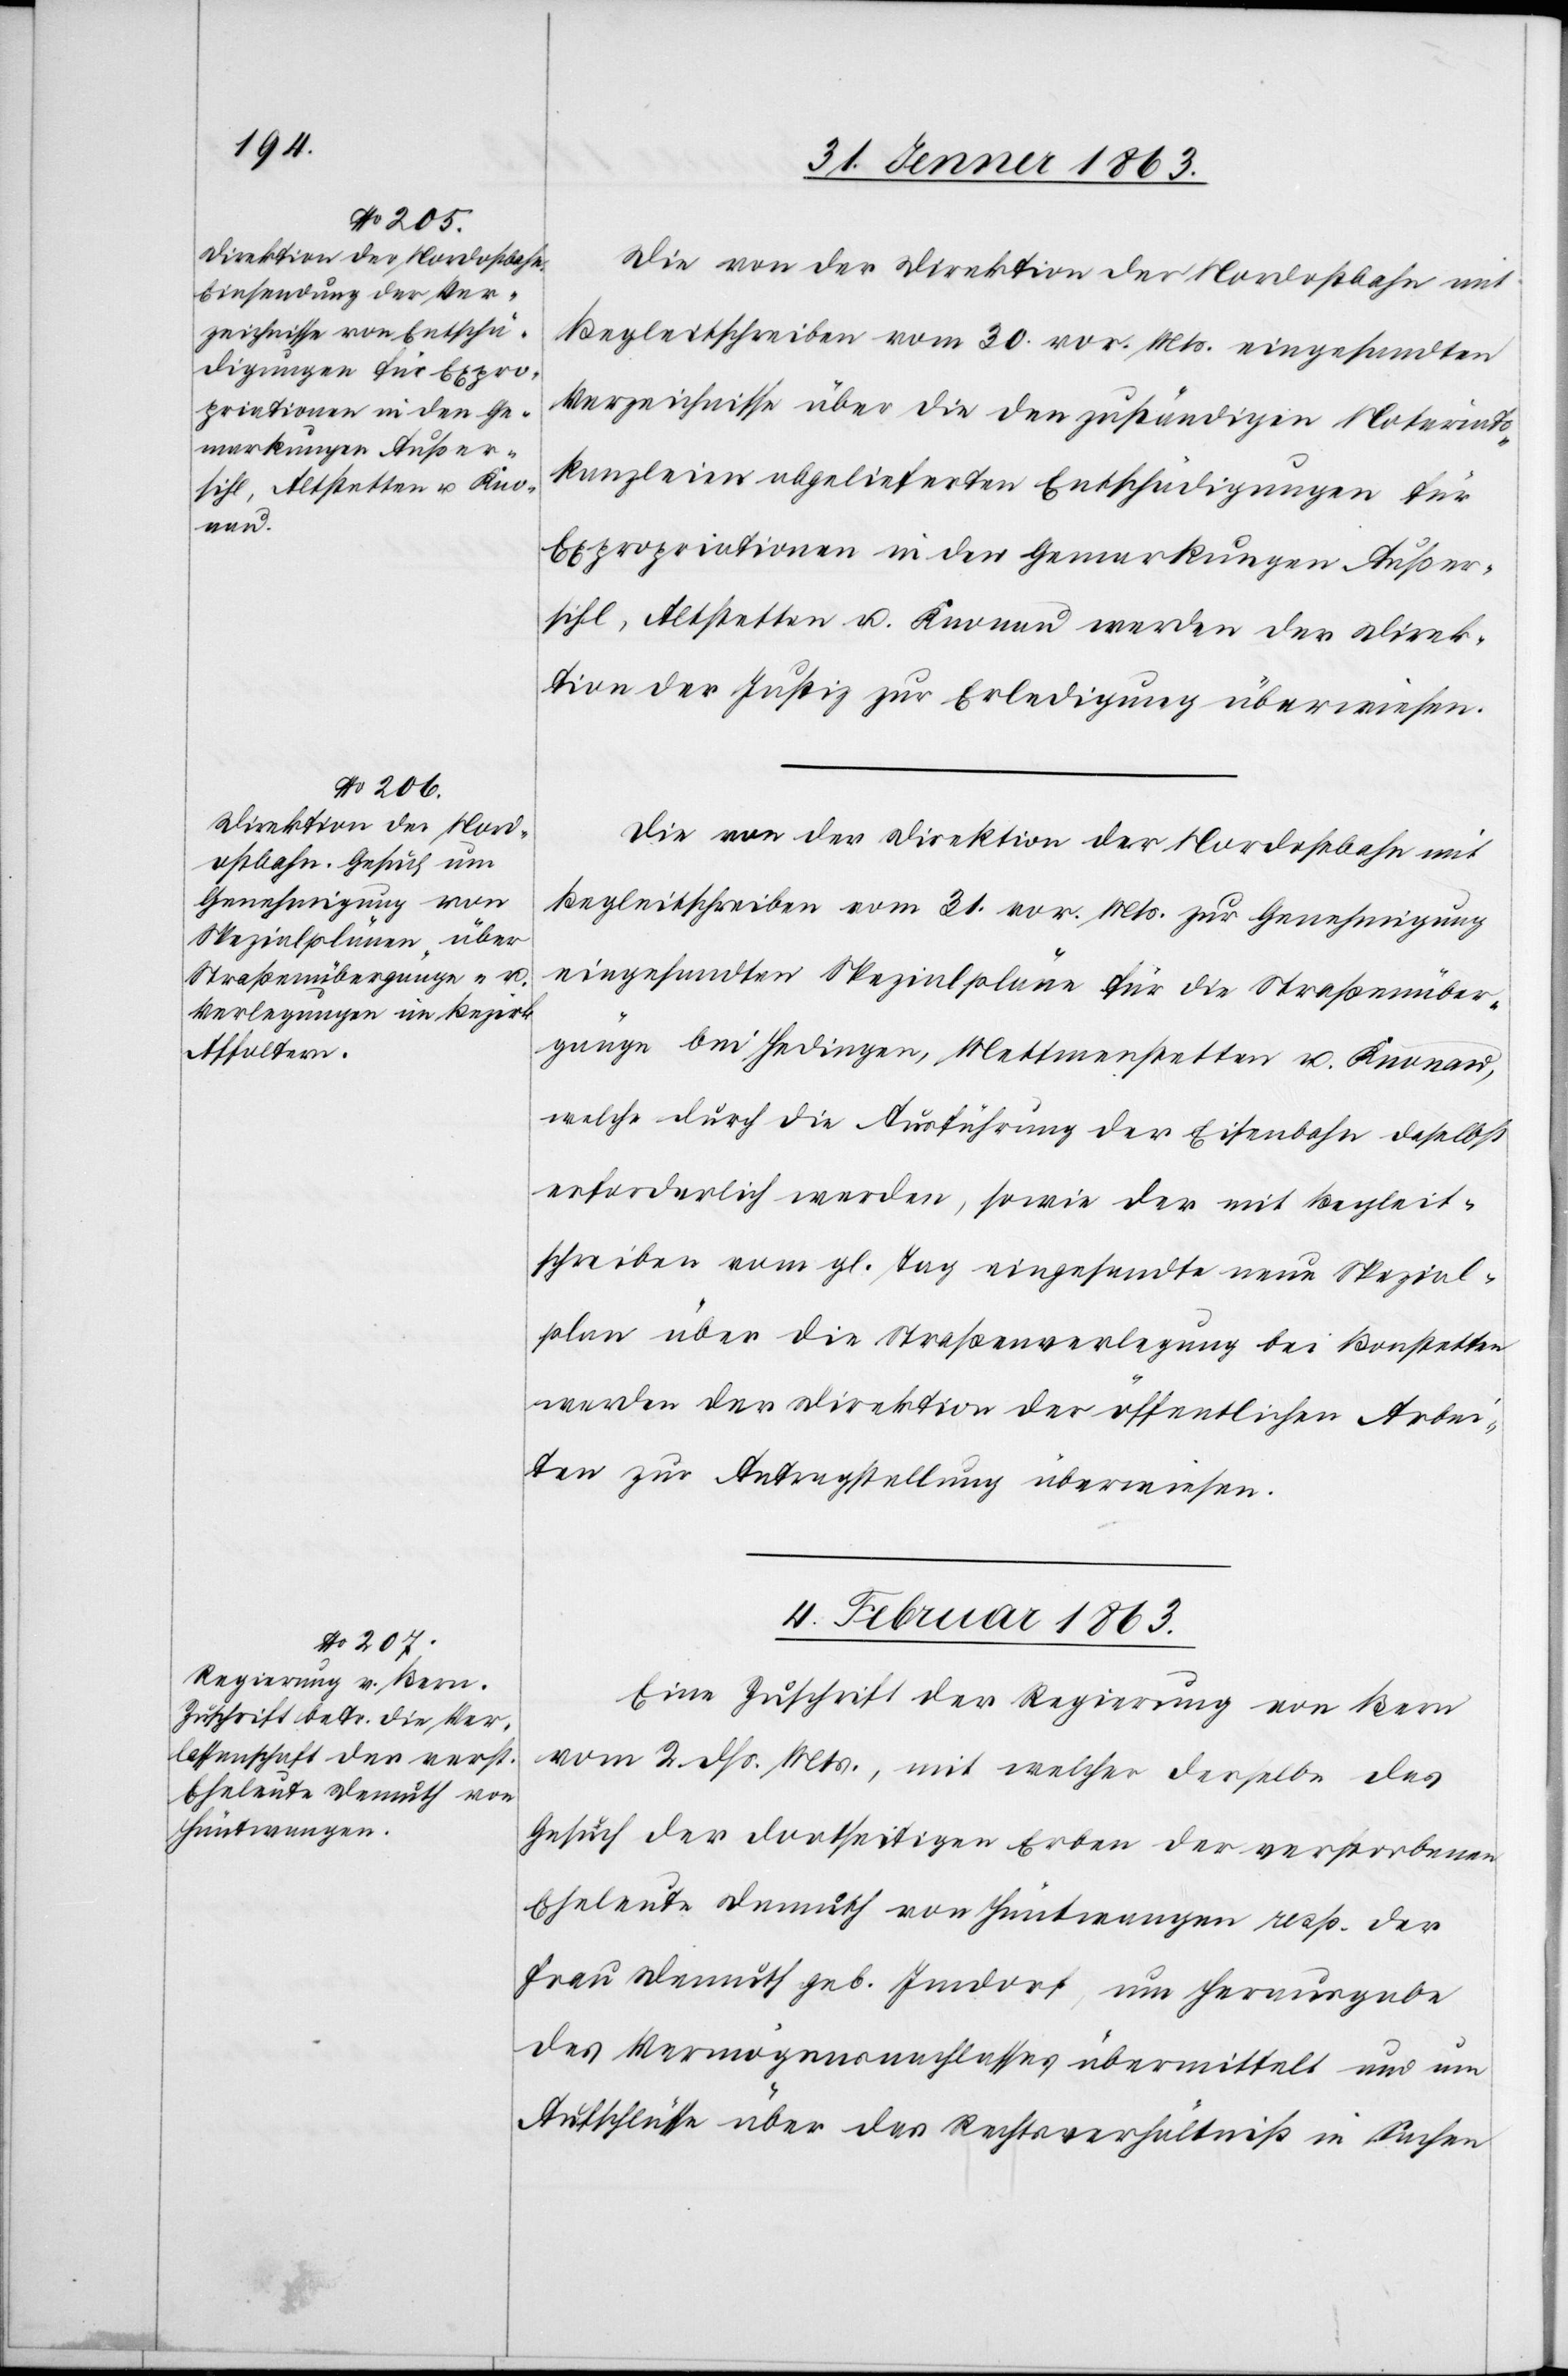
Die von der Direktion der Nordostbahn mit
Begleitschreiben vom 30. vor. Mts. eingesandten
Verzeichnisse über die den zuständigen Notariats¬
kanzleien abgelieferten Entschädigungen für
Expropriationen in den Gemarkungen Außer¬
sihl, Altstetten u. Knonau werden der Direk¬
tion der Justiz zur Erledigung überwiesen.
Begleitschreiben vom 31. vor. Mts. zur Genehmigung
eingesandten Spezialpläne für die Straßenüber¬
gänge bei Hedingen, Mettmenstetten u. Knonau,
welche durch die Ausführung der Eisenbahn daselbst
erforderlich werden, sowie der mit Begleit¬
schreiben vom gl. Tag eingesandte neue Spezial¬
plan über die Straßenverlegung bei Bonstetten
werden der Direktion der öffentlichen Arbei¬
ten zur Antragstellung überwiesen.
4. Februar 1863.
Eine Zuschrift der Regierung von Bern
vom 2. dß. Mts., mit welcher derselbe das
Gesuch der dortseitigen Erben der verstorbenen
Eheleute Demuth von Hüntwangen resp. der
Frau Demuth geb. Imdorf, um Herausgabe
des Vermögensnachlasses übermittelt und um
Aufschlüsse über das Rechtsverhältniß in Sachen